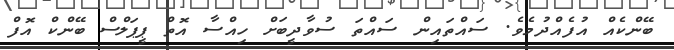
ބޭންކެއް އުފެއްދުމެވެ. ސައްތައިން ސައްތަ ސުވާދީބަށް ހިއްސާ އޮތް ޕީޕަލްސް ބޭންކް އޮފް